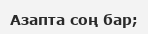
Азапта соң бар;